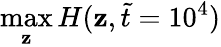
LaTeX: \operatorname*{max}_{\mathbf{z}}H(\mathbf{z},\tilde{{t}}=10^{4})